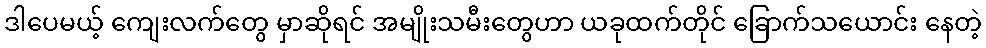
ဒါပေမယ့် ကျေးလက်တွေ မှာဆိုရင် အမျိုးသမီးတွေဟာ ယခုထက်တိုင် ခြောက်သယောင်း နေတဲ့